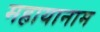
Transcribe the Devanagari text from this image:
महायानाम